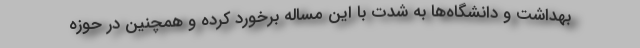
بهداشت و دانشگاه‌ها به شدت با این مساله برخورد کرده و همچنین در حوزه